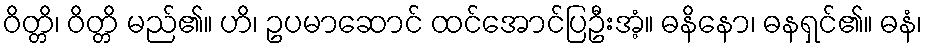
ဝိတ္တိ၊ ဝိတ္တိ မည်၏။ ဟိ၊ ဥပမာဆောင် ထင်အောင်ပြဦးအံ့။ ဓနိနော၊ ဓနရှင်၏။ ဓနံ၊